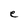
Character: e